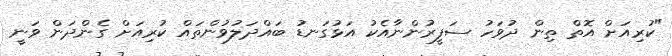
"ކުރިއަށް އޮތް ތިން ދުވަހު ސަފީރުންނާއެކު އަޅުގަނޑު ބައްދަލުވުންތައް ކުރިއަށް ގެންދަން ވަނީ